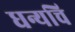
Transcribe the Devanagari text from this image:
धन्यचि